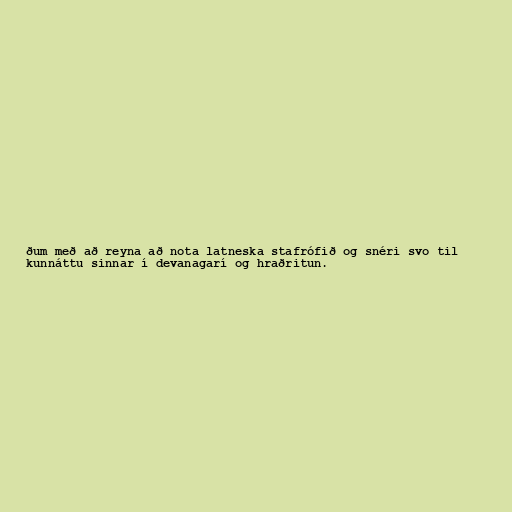
ðum með að reyna að nota latneska stafrófið og snéri svo til
kunnáttu sinnar í devanagarí og hraðritun.